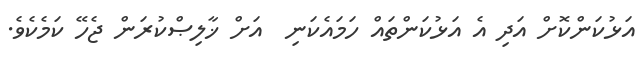
އަޅުކަންކޮށް އަދި އެ އަޅުކަންތައް ހަމައެކަނި  އަށް ޚާލިޞްކުރަން ޖެހޭ ކަމެކެވެ.